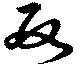
数